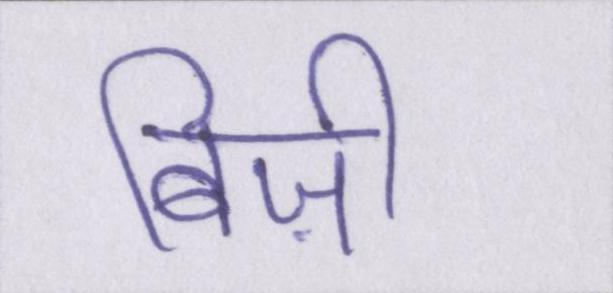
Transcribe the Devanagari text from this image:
बिज़ी